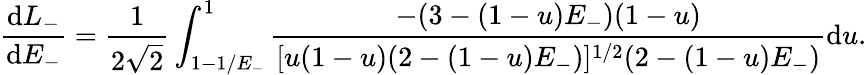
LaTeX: \frac{\mathrm{d}L_{-}}{\mathrm{d}E_{-}}=\frac{1}{2\sqrt{2}}\int_{1-1/E_{-}}^{1}\frac{-(3-(1-u)E_{-})(1-u)}{[u(1-u)(2-(1-u)E_{-})]^{1/2}(2-(1-u)E_{-})}\mathrm{d}u.